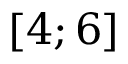
\boldsymbol { \left[ 4 ; 6 \right] }